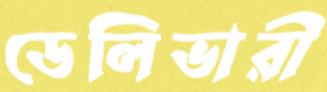
ডেলিভারী